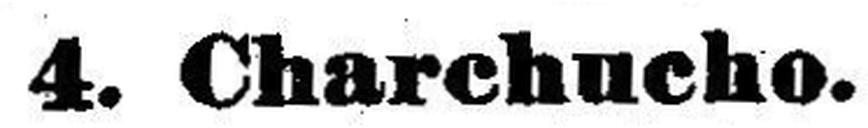
4. Charchucho.